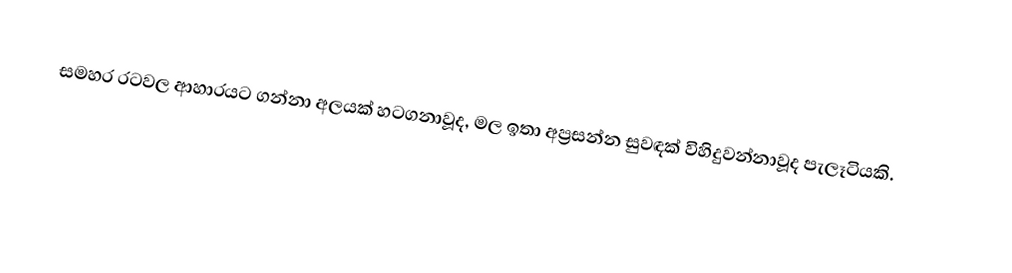
සමහර රටවල ආහාරයට ගන්නා අලයක් හටගනාවූද, මල ඉතා අප්‍රසන්න සුවඳක් විහිදුවන්නාවූද පැලෑටියකි.